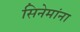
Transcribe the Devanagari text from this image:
सिनेमांना